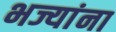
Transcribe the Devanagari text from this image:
भज्यांना